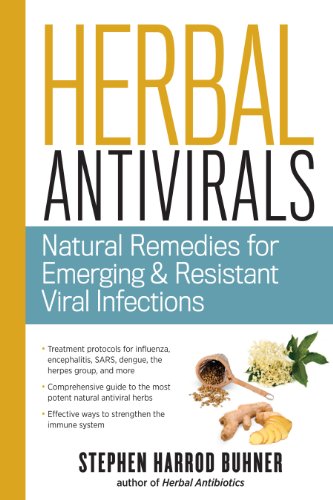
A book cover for Herbal Antivirals: Natural Remedies for Emerging & Resistant Viral Infections; Stephen Harrod Buhner; Health, Fitness & Dieting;